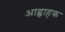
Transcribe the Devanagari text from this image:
आह्वाहक